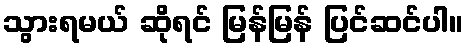
သွားရမယ် ဆိုရင် မြန်မြန် ပြင်ဆင်ပါ။